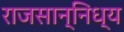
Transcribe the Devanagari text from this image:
राजसान्निध्य